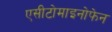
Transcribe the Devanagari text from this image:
एसीटोमाइनोफेन